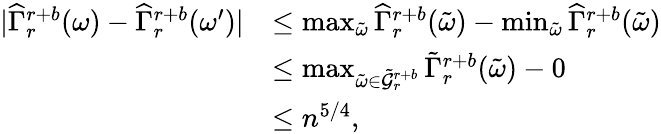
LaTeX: \begin{array}{rl}{|\widehat{\Gamma}_{r}^{r+b}(\omega)-\widehat{\Gamma}_{r}^{r+b}(\omega^{\prime})|}&{\leq\operatorname*{max}_{\tilde{\omega}}\widehat{\Gamma}_{r}^{r+b}(\tilde{\omega})-\operatorname*{min}_{\tilde{\omega}}\widehat{\Gamma}_{r}^{r+b}(\tilde{\omega})}\\ &{\leq\operatorname*{max}_{\tilde{\omega}\in\tilde{\mathcal{G}}_{r}^{r+b}}\tilde{\Gamma}_{r}^{r+b}(\tilde{\omega})-0}\\ &{\leq n^{5/4},}\end{array}